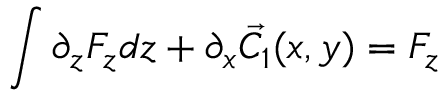
\int \partial _ { z } F _ { z } d z + \partial _ { x } { \vec { C _ { 1 } } } ( x , y ) = F _ { z }